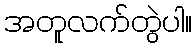
အတူလက်တွဲပါ။